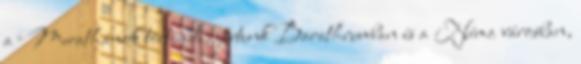
a Merathánok története, jártunk Barathrumban és a Néma városban,